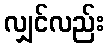
လျှင်လည်း